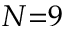
N { = } 9